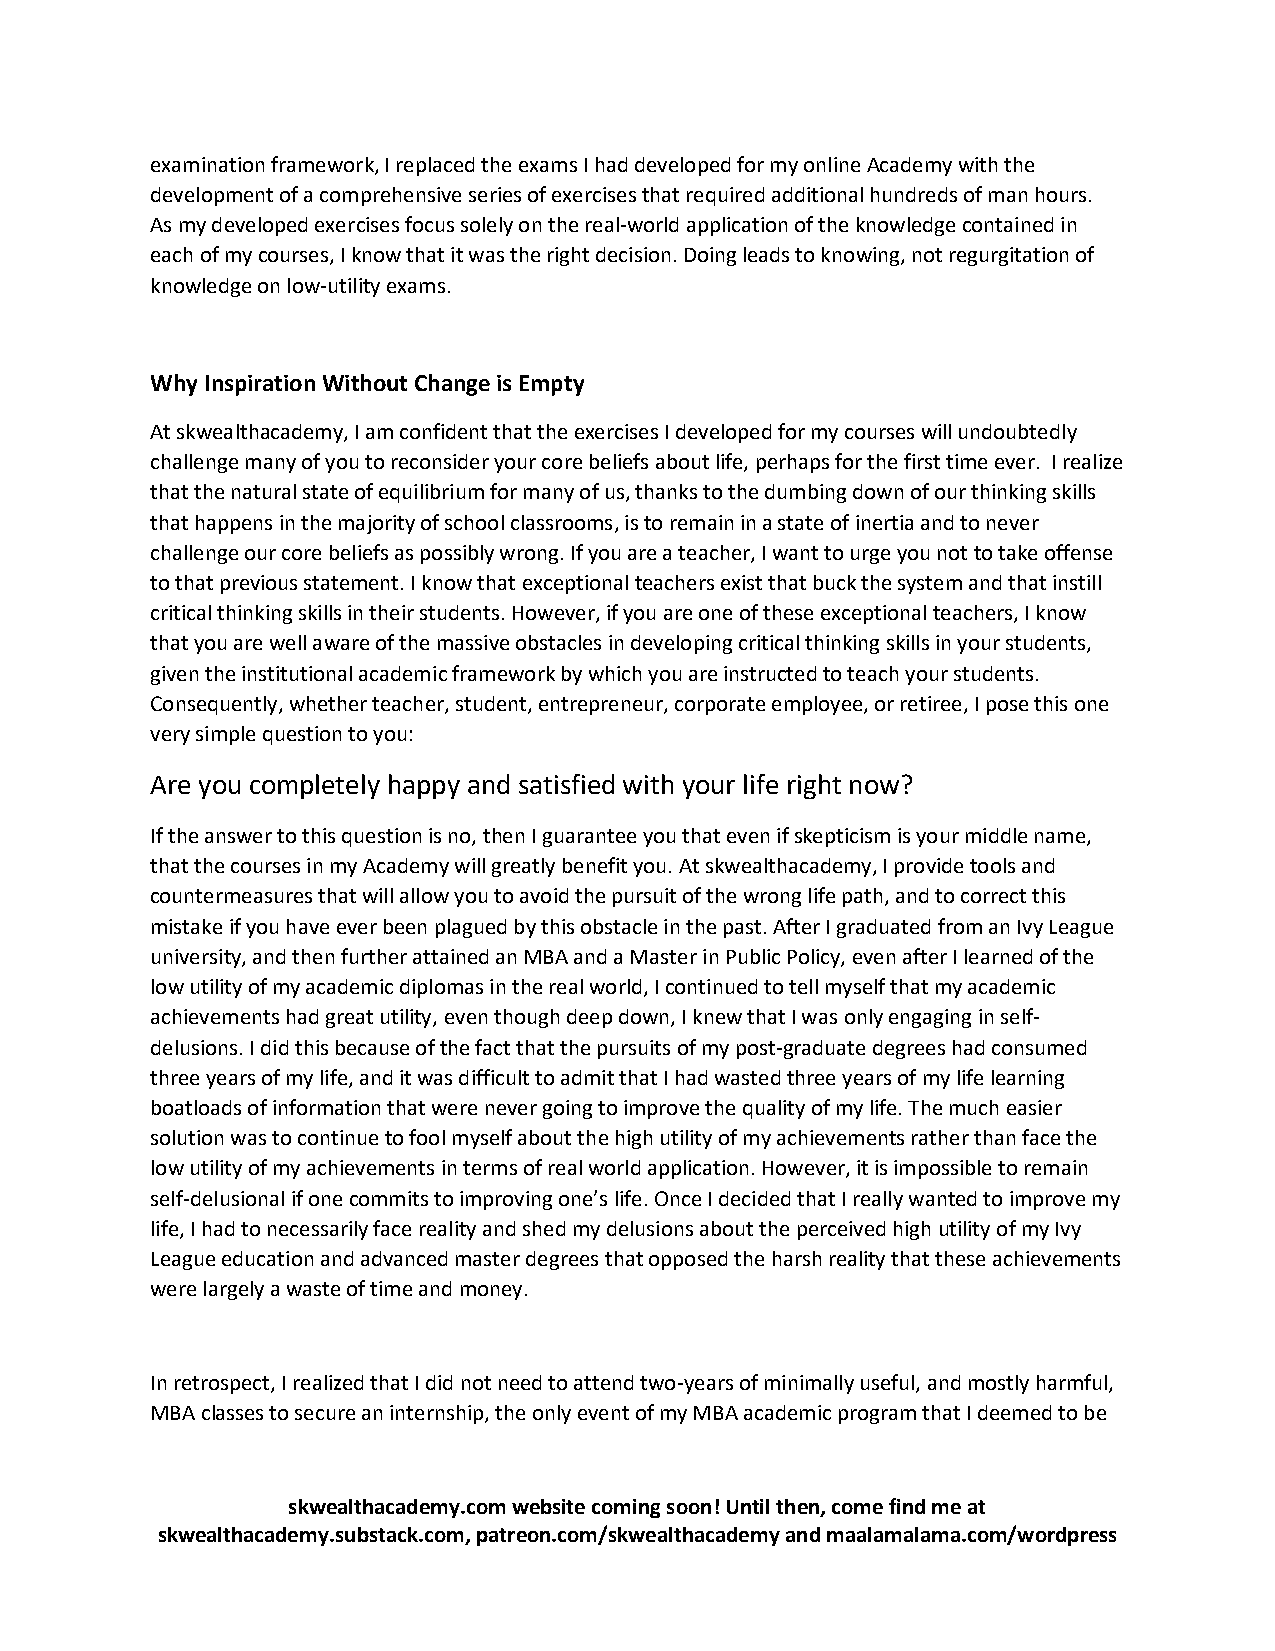
examination framework, I replaced the exams I had developed for my online Academy with the
 development of a comprehensive series of exercises that required additional hundreds of man hours.
 As my developed exercises focus solely on the real-world application of the knowledge contained in
 each of my courses, I know that it was the right decision. Doing leads to knowing, not regurgitation of
 knowledge on low-utility exams.
 Why Inspiration Without Change is Empty
 At skwealthacademy, I am confident that the exercises I developed for my courses will undoubtedly
 challenge many of you to reconsider your core beliefs about life, perhaps for the first time ever. I realize
 that the natural state of equilibrium for many of us, thanks to the dumbing down of our thinking skills
 that happens in the majority of school classrooms, is to remain in a state of inertia and to never
 challenge our core beliefs as possibly wrong. If you are a teacher, I want to urge you not to take offense
 to that previous statement. I know that exceptional teachers exist that buck the system and that instill
 critical thinking skills in their students. However, if you are one of these exceptional teachers, I know
 that you are well aware of the massive obstacles in developing critical thinking skills in your students,
 given the institutional academic framework by which you are instructed to teach your students.
 Consequently, whether teacher, student, entrepreneur, corporate employee, or retiree, I pose this one
 very simple question to you:
 Are you completely happy and satisfied with your life right now?
 If the answer to this question is no, then I guarantee you that even if skepticism is your middle name,
 that the courses in my Academy will greatly benefit you. At skwealthacademy, I provide tools and
 countermeasures that will allow you to avoid the pursuit of the wrong life path, and to correct this
 mistake if you have ever been plagued by this obstacle in the past. After I graduated from an Ivy League
 university, and then further attained an MBA and a Master in Public Policy, even after I learned of the
 low utility of my academic diplomas in the real world, I continued to tell myself that my academic
 achievements had great utility, even though deep down, I knew that I was only engaging in self-
 delusions. I did this because of the fact that the pursuits of my post-graduate degrees had consumed
 three years of my life, and it was difficult to admit that I had wasted three years of my life learning
 boatloads of information that were never going to improve the quality of my life. The much easier
 solution was to continue to fool myself about the high utility of my achievements rather than face the
 low utility of my achievements in terms of real world application. However, it is impossible to remain
 self-delusional if one commits to improving one’s life. Once I decided that I really wanted to improve my
 life, I had to necessarily face reality and shed my delusions about the perceived high utility of my Ivy
 League education and advanced master degrees that opposed the harsh reality that these achievements
 were largely a waste of time and money.
 In retrospect, I realized that I did not need to attend two-years of minimally useful, and mostly harmful,
 MBA classes to secure an internship, the only event of my MBA academic program that I deemed to be
 skwealthacademy.com website coming soon! Until then, come find me at
 skwealthacademy.substack.com, patreon.com/skwealthacademy and maalamalama.com/wordpress